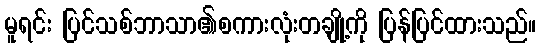
မူရင်း ပြင်သစ်ဘာသာ၏စကားလုံးတချို့ကို ပြန်ပြင်ထားသည်။